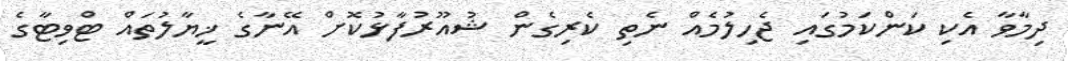
ދިމާވާ އެކި ކަންކަމުގައި ޖެހިލުމެއް ނެތި ކެރިގެން ޝުއޫރުފާޅުކޮށް އޭނާގެ ޚީޔާލުތައް ޓްވިޓާގެ